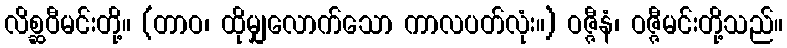
လိစ္ဆဝီမင်းတို့။ (တာဝ၊ ထိုမျှလောက်သော ကာလပတ်လုံး။) ဝဇ္ဇီနံ၊ ဝဇ္ဇီမင်းတို့သည်။